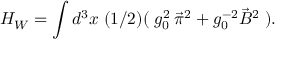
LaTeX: H _ { W } = \int d ^ { 3 } x \; ( 1 / 2 ) ( \; g _ { 0 } ^ { 2 } \: \vec { \pi } ^ { 2 } + g _ { 0 } ^ { - 2 } \vec { B } ^ { 2 } \; ) .